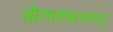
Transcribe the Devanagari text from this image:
ह्येताश्चतस्रस्तु